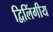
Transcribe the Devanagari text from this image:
द्विलिंगीय